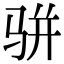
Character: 骈